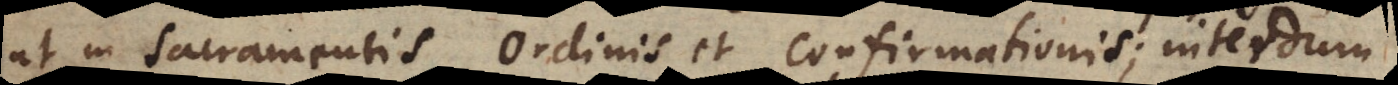
ut in sacramentis Ordinis et Confirmationis; interdum